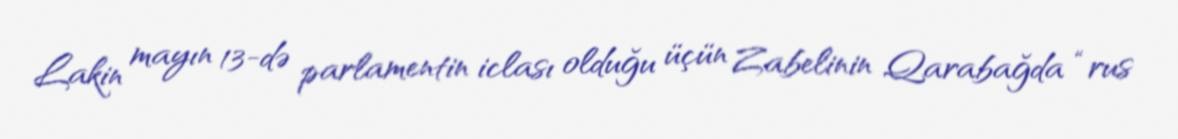
Lakin mayın 13-də parlamentin iclası olduğu üçün Zabelinin Qarabağda “rus